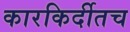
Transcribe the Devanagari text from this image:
कारकिर्दीतच